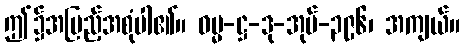
ဤ၌အပြည့်အစုံပါ၏။ ဓမ္မ-ဋ္ဌ-ဒု-အုပ်-၃၉၆၊ အကျယ်။